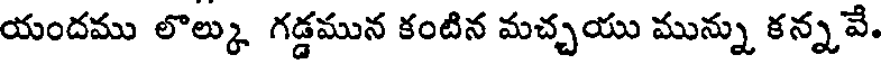
యందము లొల్కు గడ్డమున కంటిన మచ్చయు మున్ను కన్నవే.